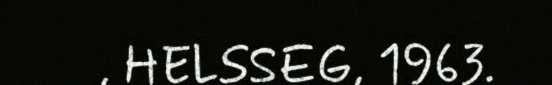
, HELSSEG, 1963.